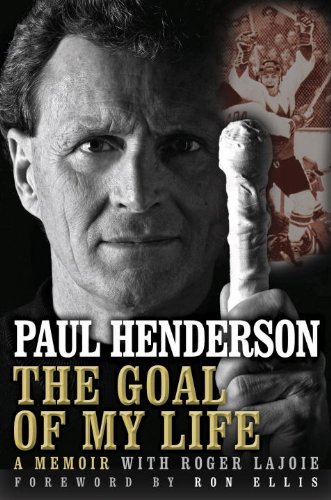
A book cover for The Goal of My Life: A Memoir; Paul Henderson; Biographies & Memoirs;